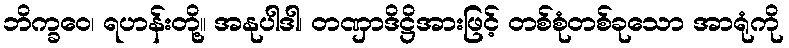
ဘိက္ခဝေ၊ ရဟန်းတို့။ အနုပါဒါ၊ တဏှာဒိဋ္ဌိအားဖြင့် တစ်စုံတစ်ခုသော အာရုံကို